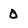
Character: 0